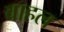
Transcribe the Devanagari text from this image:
वाहल